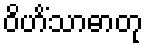
ဝိဟိံသာဓာတု